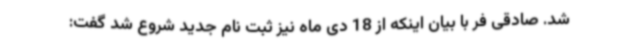
شد. صادقی فر با بیان اینکه از 18 دی ماه نیز ثبت نام جدید شروع شد گفت: